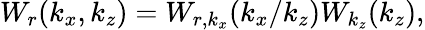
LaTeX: W_{r}(k_{x},k_{z})=W_{r,k_{x}}(k_{x}/k_{z})W_{k_{z}}(k_{z}),